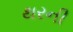
થરની